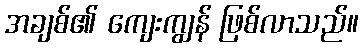
အချစ်၏ ကျေးကျွန် ဖြစ်လာသည်။